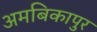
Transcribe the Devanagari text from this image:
अमबिकापुर